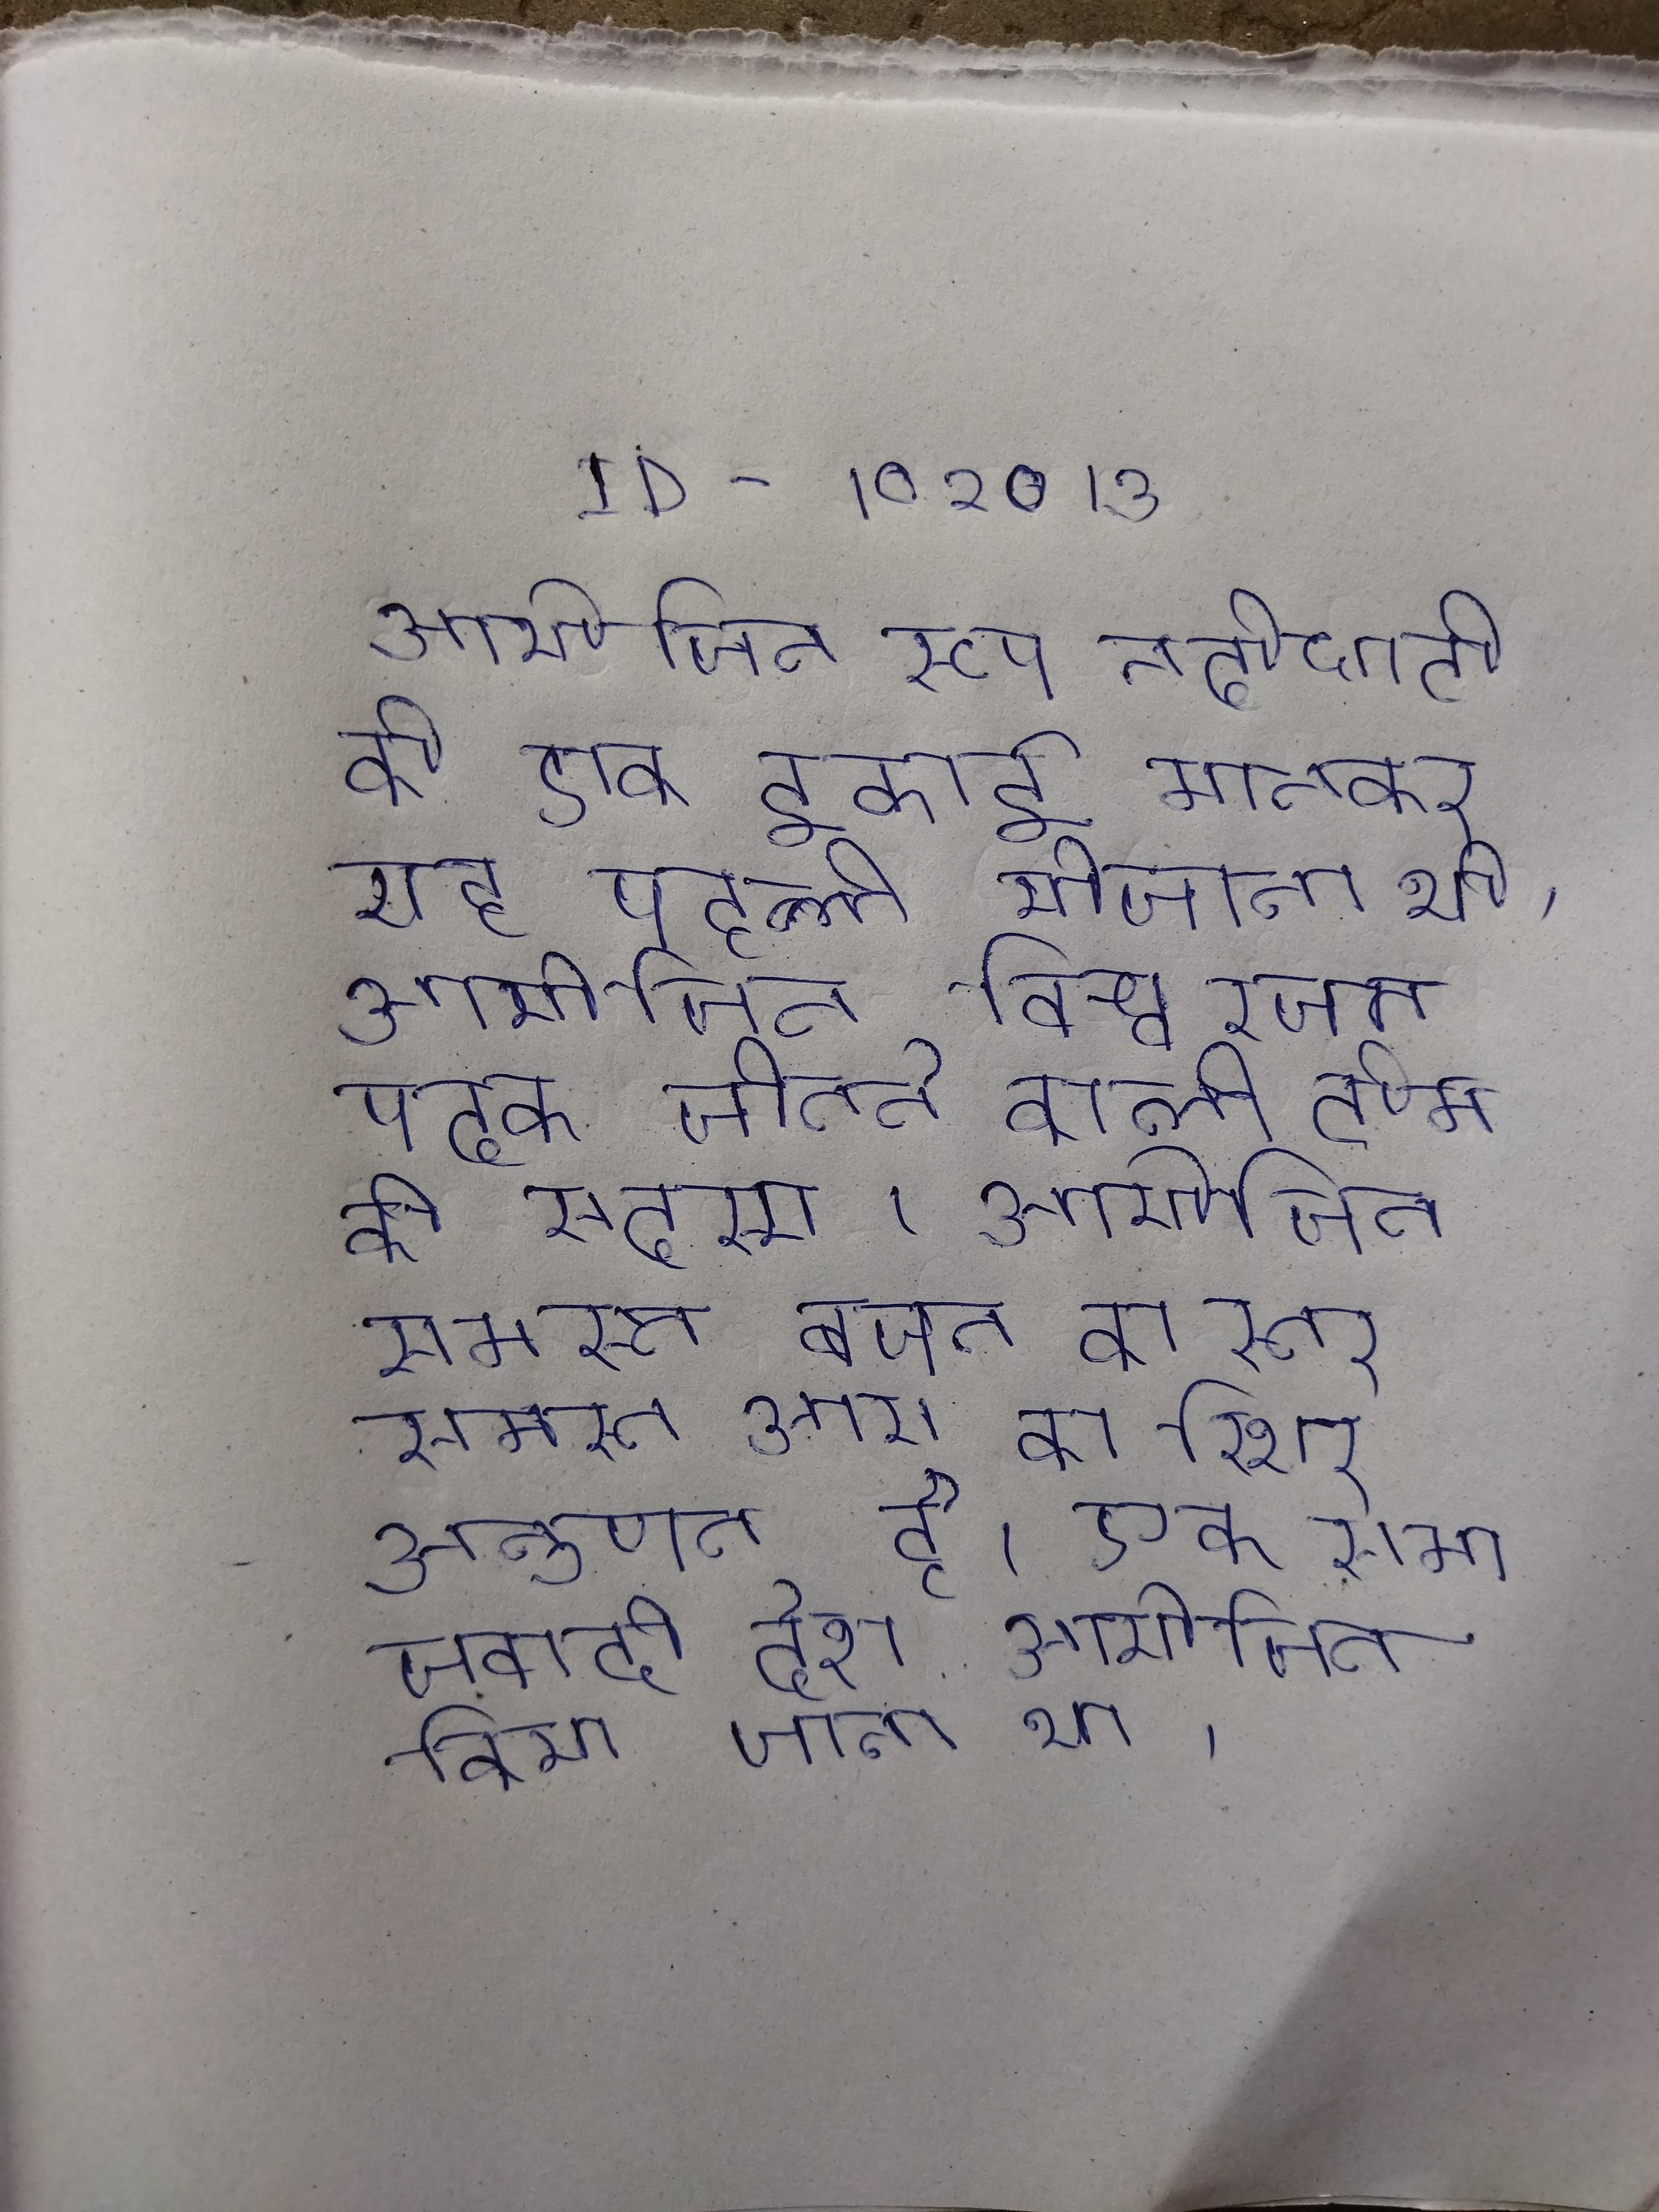
आयोजित रूप नदीघाटी की एक इकाई मानकर यह पहली योजना थी । आयोजित विश्व रजत पदक जीतने वाली टीम की सदस्य । आयोजित समस्त बचत का स्तर समस्त आय का स्थिर अनुपात है । आयोजित होता है । आयोजित होने के बाद यह एक दूसरे के समेकित भी थे, साथ ही साथ लगातार दूसरे जिसे एक समाजवादी देश आयोजित किया जाना था ।